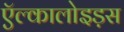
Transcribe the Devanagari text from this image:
ऍल्कालोइड़स